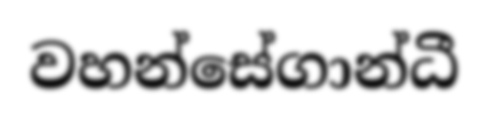
වහන්සේගාන්ධී